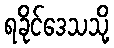
ရခိုင်ဒေသသို့